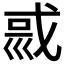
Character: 𡿿